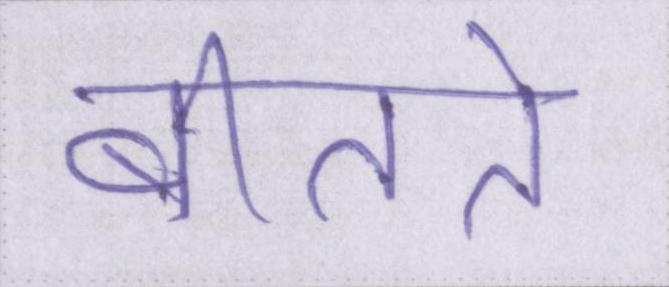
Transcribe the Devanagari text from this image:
बीतते